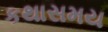
કથાસમય